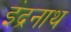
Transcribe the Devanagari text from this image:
इंद्रनाथ